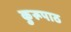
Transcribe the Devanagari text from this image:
कुरूपाठ